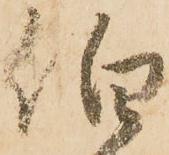
伯